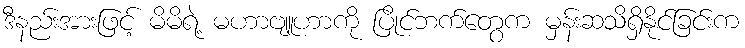
ဒီနည်းအားဖြင့် မိမိရဲ့ မဟာဗျူဟာကို ပြိုင်ဘက်တွေက မှန်းဆသိရှိနိုင်ခြင်းက